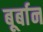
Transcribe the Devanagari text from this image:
बूर्बान